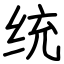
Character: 统